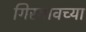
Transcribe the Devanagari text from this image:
गिरगावच्या